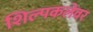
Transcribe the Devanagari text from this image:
शिल्पकलेवर